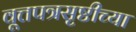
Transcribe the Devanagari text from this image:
वूत्तपत्रसृष्टीच्या